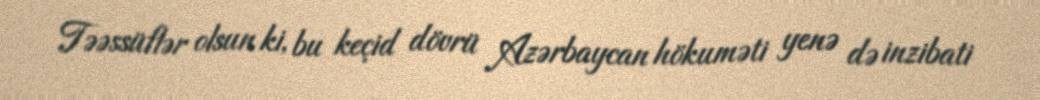
Təəssüflər olsun ki, bu keçid dövrü Azərbaycan hökuməti yenə də inzibati